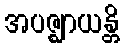
အပဇ္ဈာယန္တိ